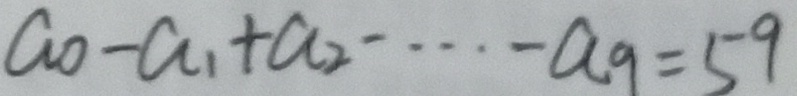
a _ { 0 } - a _ { 1 } + a _ { 2 } \cdots - a _ { 9 } = 5 9